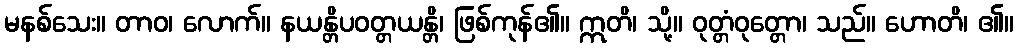
မနစ်သေး။ တာဝ၊ လောက်။ နယန္တိပဝတ္တယန္တိ၊ ဖြစ်ကုန်၏။ ဣတိ၊ သို့။ ဝုတ္တံဝုတ္တော၊ သည်။ ဟောတိ၊ ၏။